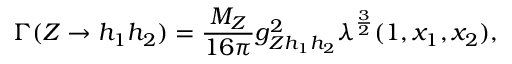
\Gamma ( Z \rightarrow h _ { 1 } h _ { 2 } ) = { \frac { M _ { Z } } { 1 6 \pi } } g _ { Z h _ { 1 } h _ { 2 } } ^ { 2 } \lambda ^ { \frac { 3 } { 2 } } ( 1 , x _ { 1 } , x _ { 2 } ) ,